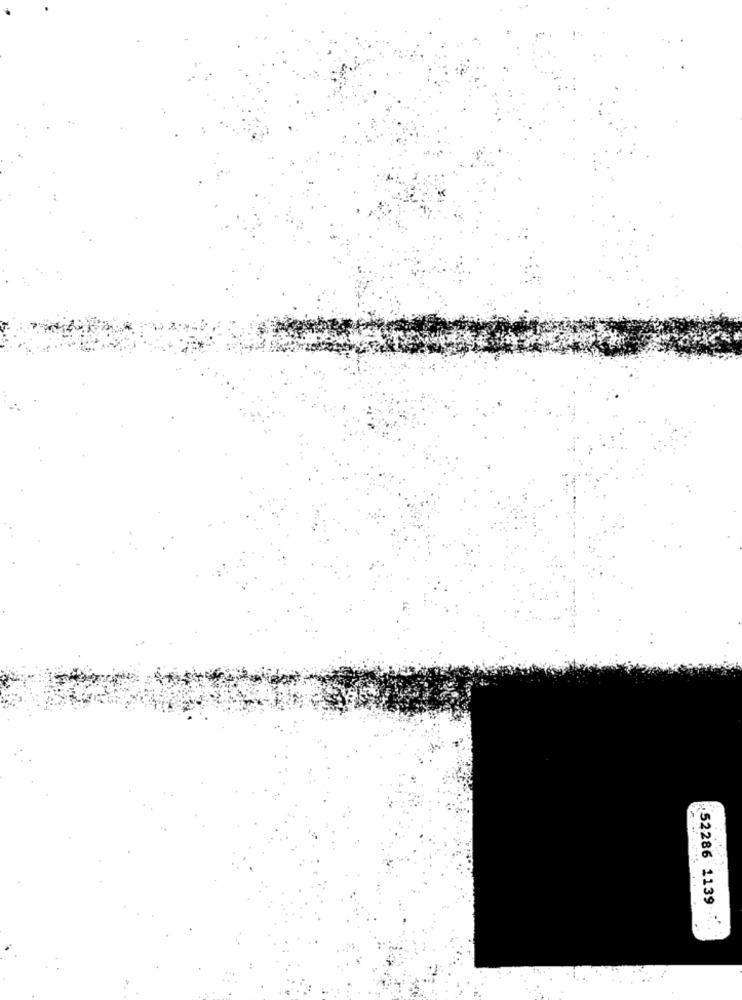
52286 1139